Vaike-Kopu_(Puiatu)_vallavalitsus, lk 30
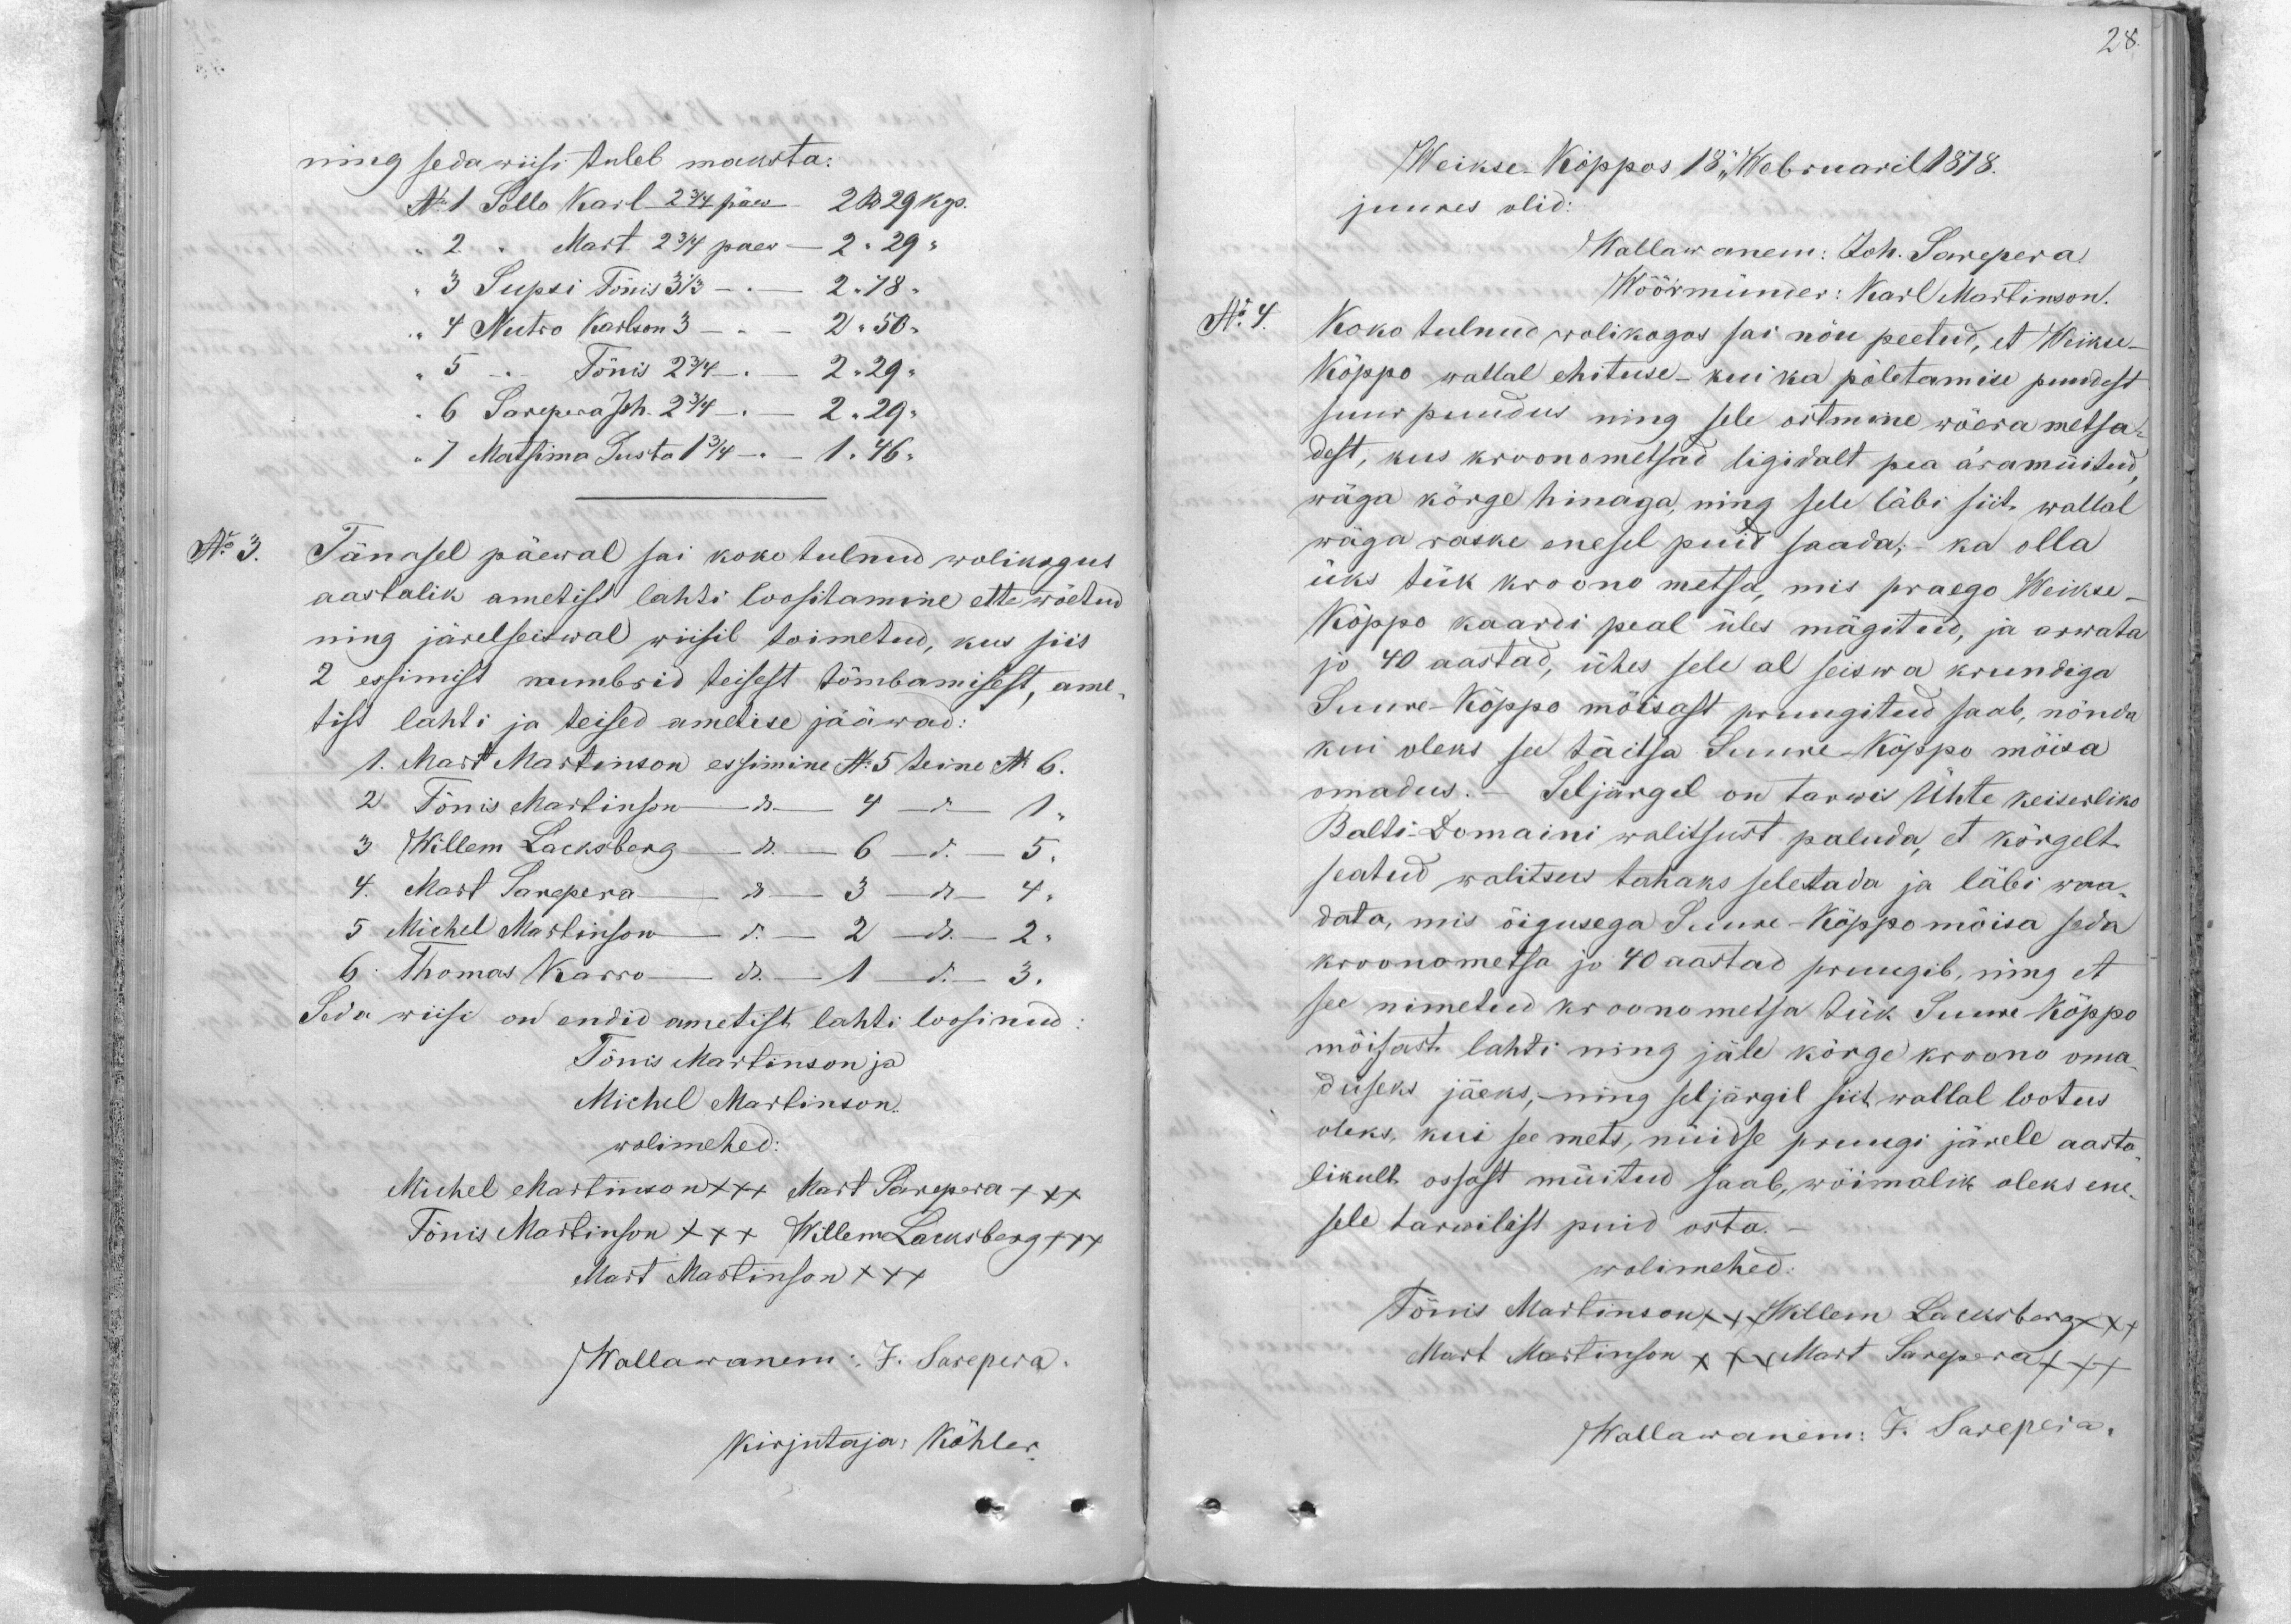
28.

ning sedawiisi tuleb maksta:
No 1 Sollo Karl 2 3/4 päew 2 R 29 kop.
2. "  Mart 22 3/4 paev - 2 " 29 "
3 Supsi Tönis 3 1/3 - 2 " 78.
4 Nutro Karlson 3 - - 2 " 50 -
5 " Tõnis 2 3/4  2 " 29
6 Sarepera Joh. 2 3/4 - 2 " 29.
"7 Matsina Kusta 1 3/4 - 1 " 46 "
No 3.
Tänasel päewal sai koko tulnud wolikogus
aastalik ametist lahti loositamine ette wõetud
ning järelseitwal wiisil toimetud, kus siis
2 essimist numbrid teisest tõmbamisest, ame-
tist lahti ja teised ametise jääwad:
1. Mart Martinson essimine No 5 teine No 6.
2 Tönis Martinson - " - 4 - " 1,
3 Willem Laoksberg - " - 6 - " - 5.
4. Mart Sarepera 3 - " - 4.
5 Michel Martinson " - 2 -" - 2
6. Thomas Karro - " 1 " 3.
Seda wiisi on endid ametist lahti lossinud
Tönis Martinson ja
Michel Martinson.
wolimehed:
Michel Martinson +++ Mart Sarepera +++
Tönis Martinson +++ Willem Lacksberg +++
Mart Martinson XXX
Wallawanem: J. Sarepera.
kirjutaja: Köhler

Weikse Köppos 18 Webruaril 1878.
juures olid:
Mallawanem: Joh. Sarepera.
Wöörmünder: Karl Martinson.
No 4.
Koko tulnud wolikogos sai nöu peetud, et Weikse-
Köppo wallal ehituse - kui ka pöletamise puudest
suur puudus ning sele ostmine wõera metsa
dest, kus kroonometsad ligidalt pea äramüitud
wäga körge hinaga, ning sele läbi siit wallal
wäga raske enesel puid saada, - ka olla
üks tük kroono metsa, mis praego Weikse-
Köppo kaardi peal üles mägitud, ja arwata
jo 40 aastad, ühes sele al seiswa krundiga
Suure-Köppo mõisast pruugitud saab, nönda
kui oleks see täitsa Suure Köppo mõisa
omadus. - Seljärgel on tarwis Ühte keiserliko
Balti Domaini walitsust paluda, et körgelt
seatud walitsus tahaks seletada ja läbi waa-
data, mis õigusega Suure-Köppo möisa seda
kroonometsa jo 40 aastad pruugib, ning et
see nimetud kroonometsa tük Suure köppo
möisast lahti ning jäle körge kroono oma
duseks jäeks; ning seljärgil siit wallal lootus
oleks, kui see mets, nüidse pruugi järele aasta
likult ossast müitud saab, wöimalik oleks ene-
sele tarwilist puid osta.
wolimehed:
Tönis Martinson xxx Willem Lacksbergxxx
Mart Martinson xxx Mart Sarepera +++
Wallawanem: J. Sarepera